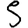
Digit: 5